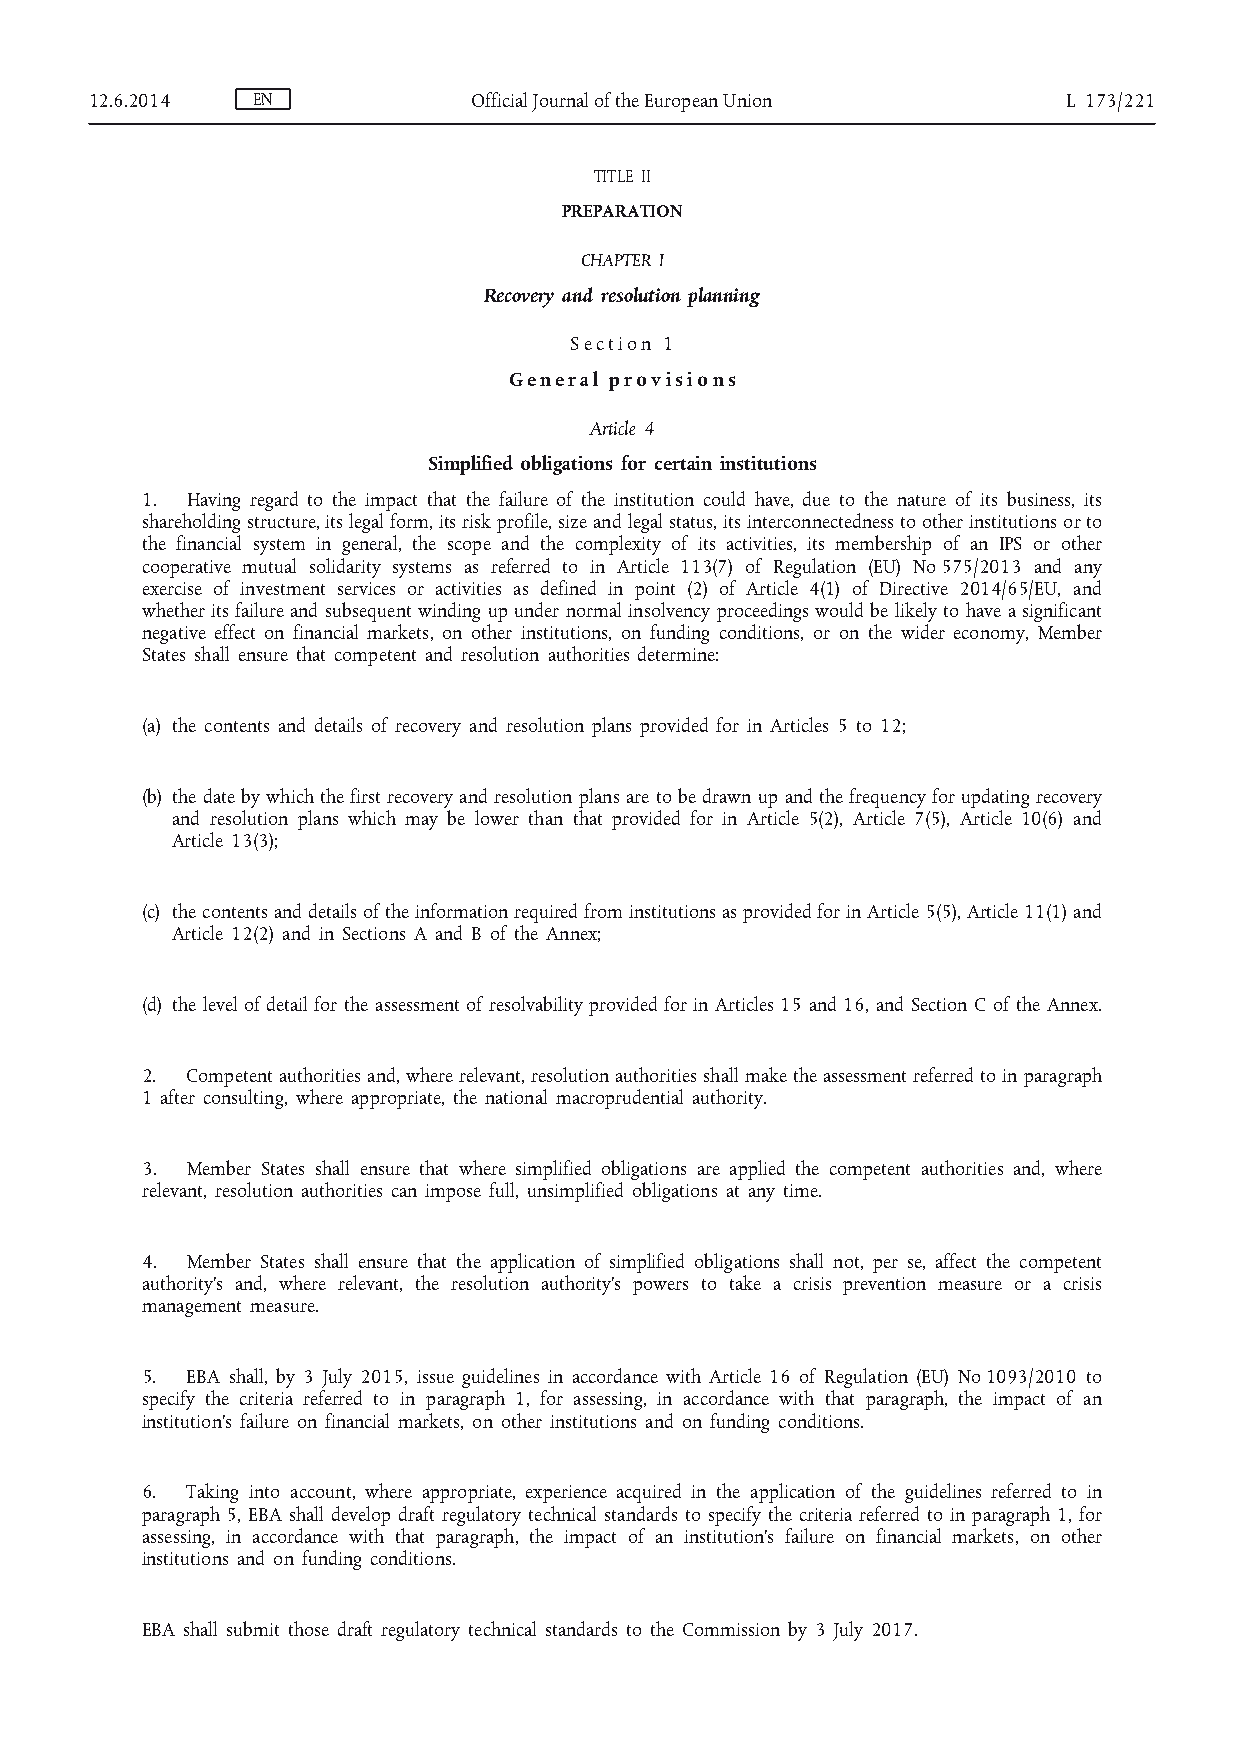
12.6.2014  EN            Official Journal of the European Union  L 173/221
 TITLE II
 PREPARATION
 CHAPTER I
 Recovery and resolution planning
 S e c t i o n 1
 G e n e r a l p r o v i s i o n s
 Article 4
 Simplified obligations for certain institutions
 1. Having regard to the impact that the failure of the institution could have, due to the nature of its business, its
 shareholding structure, its legal form, its risk profile, size and legal status, its interconnectedness to other institutions or to
 the financial system in general, the scope and the complexity of its activities, its membership of an IPS or other
 cooperative mutual solidarity systems as referred to in Article 113(7) of Regulation (EU) No 575/2013 and any
 exercise of investment services or activities as defined in point (2) of Article 4(1) of Directive 2014/65/EU, and
 whether its failure and subsequent winding up under normal insolvency proceedings would be likely to have a significant
 negative effect on financial markets, on other institutions, on funding conditions, or on the wider economy, Member
 States shall ensure that competent and resolution authorities determine:
 (a) the contents and details of recovery and resolution plans provided for in Articles 5 to 12;
 (b) the date by which the first recovery and resolution plans are to be drawn up and the frequency for updating recovery
 and resolution plans which may be lower than that provided for in Article 5(2), Article 7(5), Article 10(6) and
 Article 13(3);
 (c) the contents and details of the information required from institutions as provided for in Article 5(5), Article 11(1) and
 Article 12(2) and in Sections A and B of the Annex;
 (d) the level of detail for the assessment of resolvability provided for in Articles 15 and 16, and Section C of the Annex.
 2. Competent authorities and, where relevant, resolution authorities shall make the assessment referred to in paragraph
 1 after consulting, where appropriate, the national macroprudential authority.
 3. Member States shall ensure that where simplified obligations are applied the competent authorities and, where
 relevant, resolution authorities can impose full, unsimplified obligations at any time.
 4. Member States shall ensure that the application of simplified obligations shall not, per se, affect the competent
 authority’s and, where relevant, the resolution authority’s powers to take a crisis prevention measure or a crisis
 management measure.
 5. EBA shall, by 3 July 2015, issue guidelines in accordance with Article 16 of Regulation (EU) No 1093/2010 to
 specify the criteria referred to in paragraph 1, for assessing, in accordance with that paragraph, the impact of an
 institution’s failure on financial markets, on other institutions and on funding conditions.
 6. Taking into account, where appropriate, experience acquired in the application of the guidelines referred to in
 paragraph 5, EBA shall develop draft regulatory technical standards to specify the criteria referred to in paragraph 1, for
 assessing, in accordance with that paragraph, the impact of an institution’s failure on financial markets, on other
 institutions and on funding conditions.
 EBA shall submit those draft regulatory technical standards to the Commission by 3 July 2017.